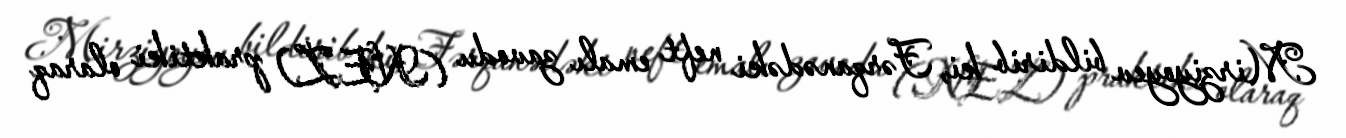
Mirziyoyev bildirib ki, Fərqanədəki neft emalı zavodu (NEZ) praktiki olaraq